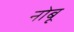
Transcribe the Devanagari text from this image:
नोबू